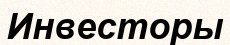
Инвесторы